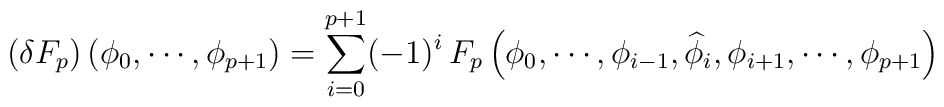
\left ( \delta F_p \right ) \left ( \phi_0, \cdots, \phi_{p+1} \right )= \sum_{i = 0}^{p+1} (-1)^i \, F_p \left ( \phi_0, \cdots,\phi_{i-1}, \widehat{\phi}_i, \phi_{i+1}, \cdots, \phi_{p+1} \right)